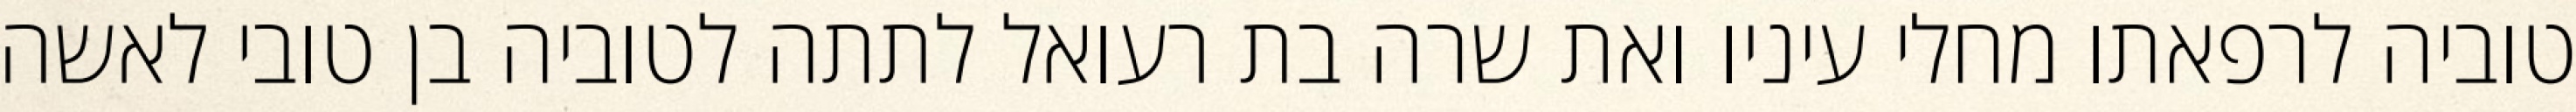
טוביה לרפאתו מחלי עיניו ואת שרה בת רעואל לתתה לטוביה בן טובי לאשה